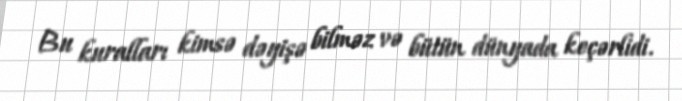
Bu kuralları kimsə dəyişə bilməz və bütün dünyada keçərlidi.